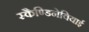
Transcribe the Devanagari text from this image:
स्कैण्डिनेवियाई